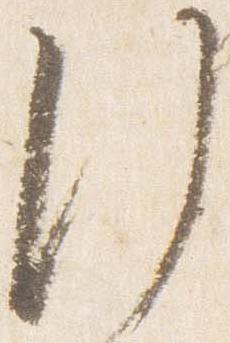
行